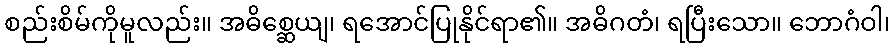
စည်းစိမ်ကိုမူလည်း။ အဓိစ္ဆေယျ၊ ရအောင်ပြုနိုင်ရာ၏။ အဓိဂတံ၊ ရပြီးသော။ ဘောဂံဝါ၊